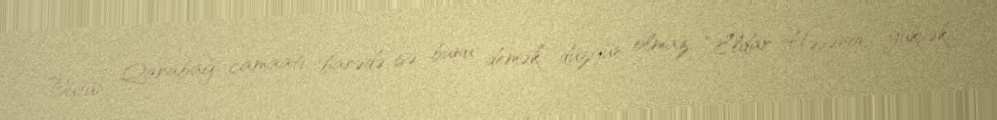
Bütün Qarabağ camaatı barədə isə bunu demək düzgün olmaz: “Eldar Həsənov yüksək